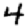
Digit: 4